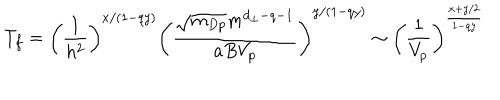
T _ { f } = \left( \frac { 1 } { h ^ { 2 } } \right) ^ { x / ( 1 - q y ) } \left( \frac { \sqrt { m _ { D p } } m ^ { d _ { \perp } - q - 1 } } { a B V _ { p } } \right) ^ { y / ( 1 - q y ) } \sim \left( \frac { 1 } { V _ { p } } \right) ^ { \frac { x + y / 2 } { 1 - q y } }